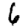
Digit: 6